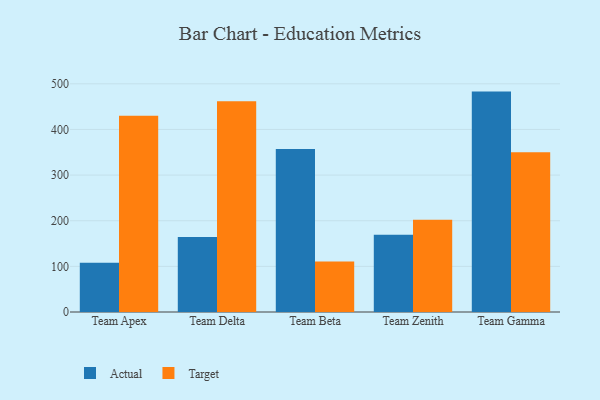
{"axis": {"x": "Team", "y": "Temperature (°C)"}, "legend": ["Actual", "Target"], "data": [{"x": "Team Apex", "y": 107.8, "type": "Actual"}, {"x": "Team Apex", "y": 430.1, "type": "Target"}, {"x": "Team Delta", "y": 164.6, "type": "Actual"}, {"x": "Team Delta", "y": 461.9, "type": "Target"}, {"x": "Team Beta", "y": 357.3, "type": "Actual"}, {"x": "Team Beta", "y": 110.9, "type": "Target"}, {"x": "Team Zenith", "y": 169.0, "type": "Actual"}, {"x": "Team Zenith", "y": 201.9, "type": "Target"}, {"x": "Team Gamma", "y": 482.9, "type": "Actual"}, {"x": "Team Gamma", "y": 349.9, "type": "Target"}]}